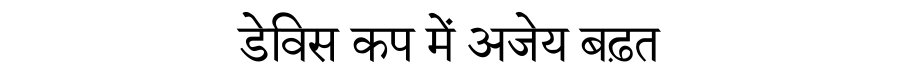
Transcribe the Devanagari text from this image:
डेविस कप में अजेय बढ़त